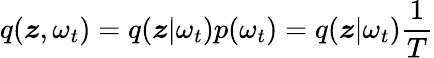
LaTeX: q(\boldsymbol{\mathit{z}},\omega_{t})=q(\boldsymbol{\mathit{z}}|\omega_{t})p(\omega_{t})=q(\boldsymbol{\mathit{z}}|\omega_{t})\frac{{1}}{{T}}